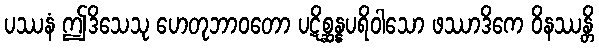
ပဿနံ ဤဒိသေသု ဟေတုဘာဝတော ပဋိစ္ဆန္နပရိဝါသော ဖဿာဒိကေ ဝိနဿန္တိ